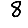
Digit: 8